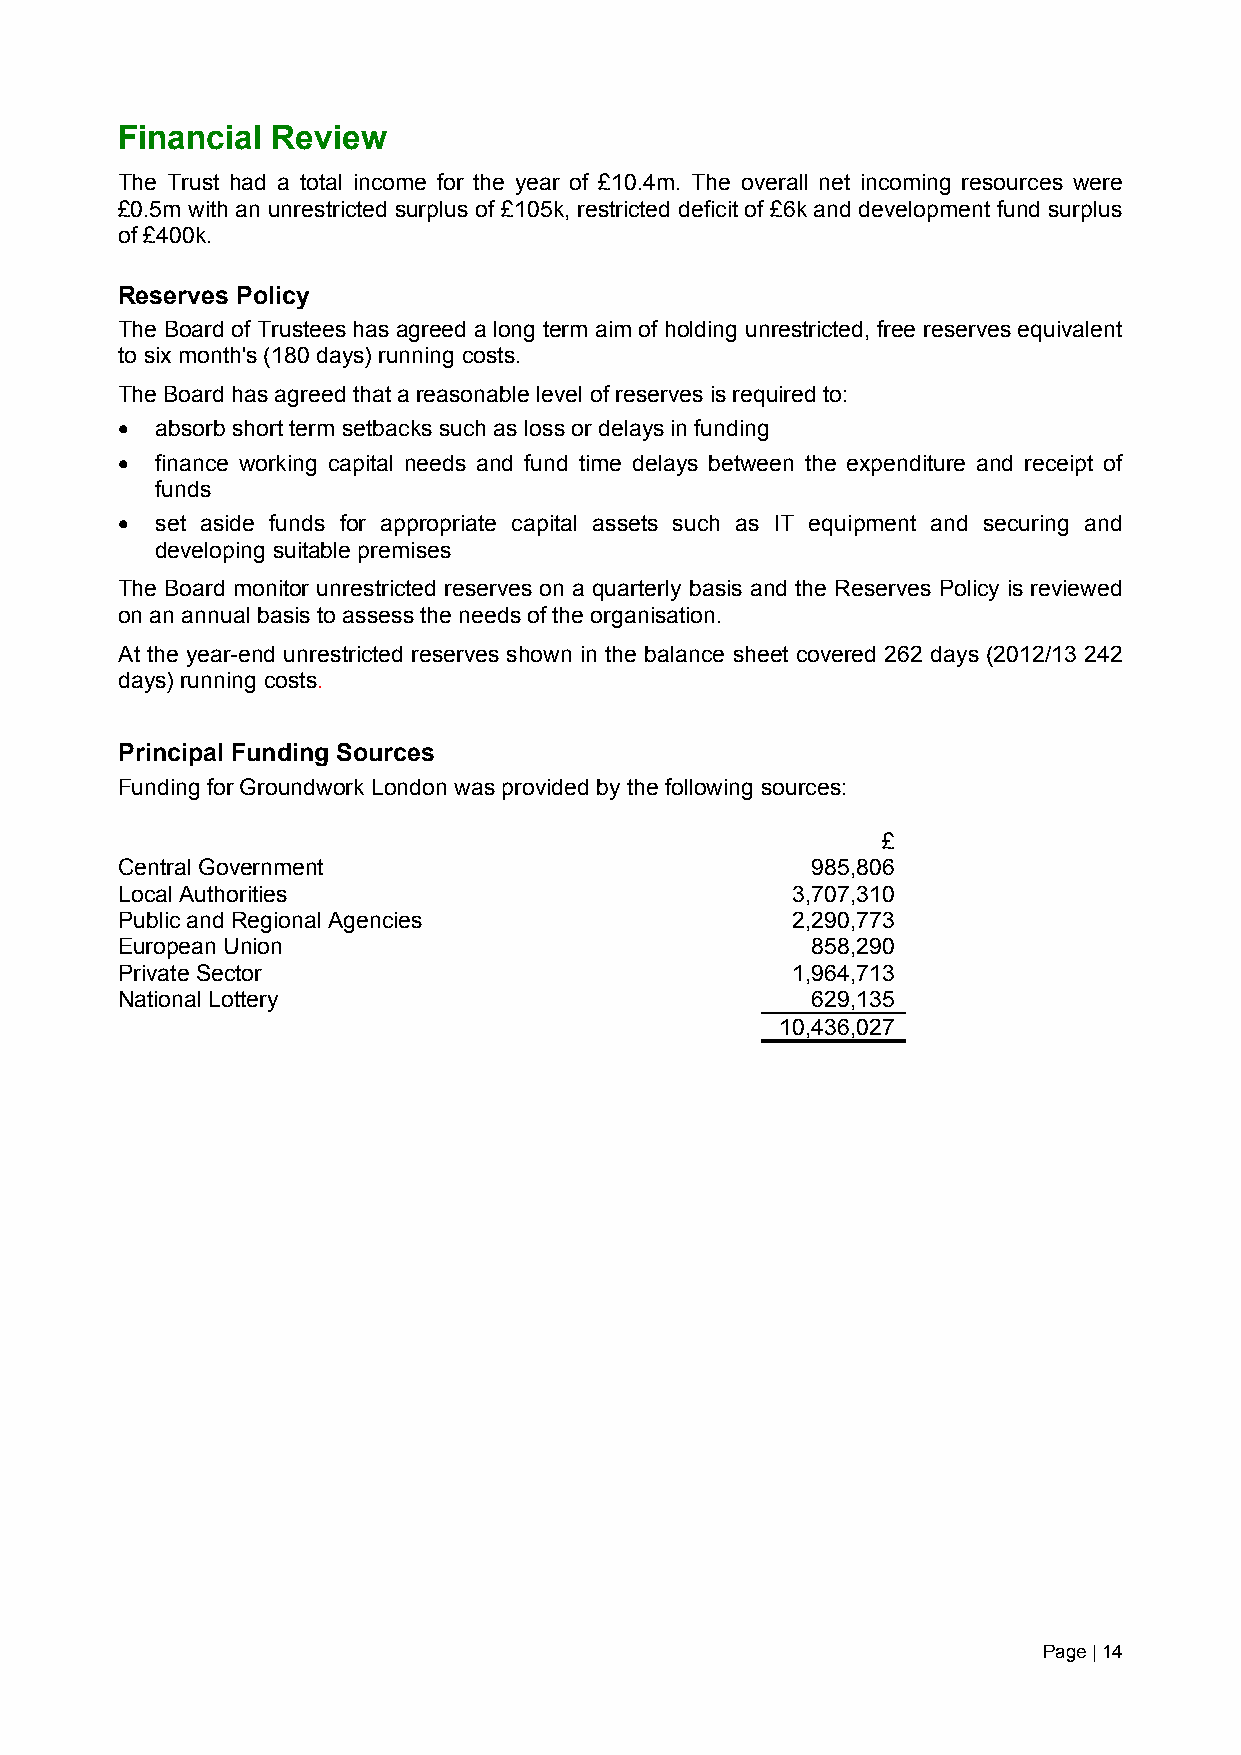
Financial Review
 The Trust had a total income for the year of £10.4m. The overall net incoming resources were
 £0.5m with an unrestricted surplus of £105k, restricted deficit of £6k and development fund surplus
 of £400k.
 Reserves Policy
 The Board of Trustees has agreed a long term aim of holding unrestricted, free reserves equivalent
 to six month's (180 days) running costs.
 The Board has agreed that a reasonable level of reserves is required to:
  absorb short term setbacks such as loss or delays in funding
  finance working capital needs and fund time delays between the expenditure and receipt of
 funds
  set aside funds for appropriate capital assets such as IT equipment and securing and
 developing suitable premises
 The Board monitor unrestricted reserves on a quarterly basis and the Reserves Policy is reviewed
 on an annual basis to assess the needs of the organisation.
 At the year-end unrestricted reserves shown in the balance sheet covered 262 days (2012/13 242
 days) running costs.
 Principal Funding Sources
 Funding for Groundwork London was provided by the following sources:
 £
 Central Government                            985,806
 Local Authorities                           3,707,310
 Public and Regional Agencies                2,290,773
 European Union                                858,290
 Private Sector                              1,964,713
 National Lottery                              629,135
 10,436,027
 Page | 14